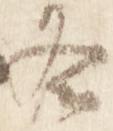
冬